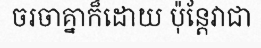
ចរចាគ្នាក៏ដោយ ប៉ុន្តែវាជា